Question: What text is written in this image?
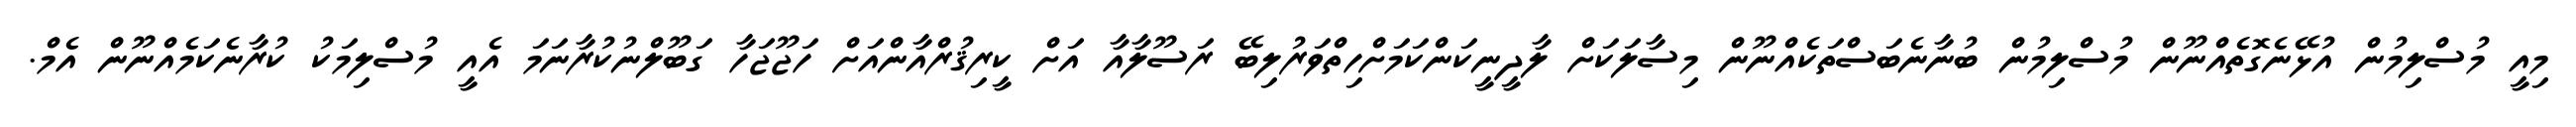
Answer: މިއީ މުސްލިމުން އުޅޭނެގޮތެއްނޫން މުސްލިމުން ބުނާނެބަސްތަކެއްނޫން މިސާލަކަށް ލާދީނީކަންކަމަށްހިތްވަރުލިބޭ ރަސޫލާއާ އަށް ކީރިޤުރްއާންއަށް ހަޖޫޖަހާ ގަބޫލްނުކުރާނަމަ އެއީ މުސްލިމަކު ކުރާނެކަމެއްނޫން އެމް.